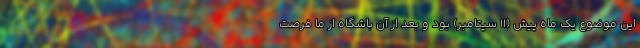
این موضوع یک ماه پیش (11 سپتامبر) بود و بعد از آن باشگاه از ما فرصت